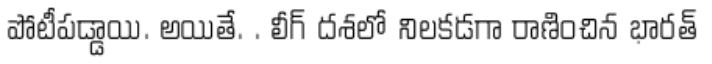
పోటీపడ్డాయి. అయితే. . లీగ్ దశలో నిలకడగా రాణించిన భారత్